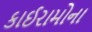
કાઈરામોના